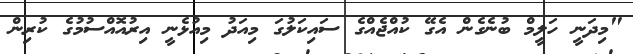
"މިދަނީ ހަލީމް ބުނެގެން އެގޭ ކުއްޖެއްގެ ސައިކަލުގަ މިއަދު މިއުޅެނީ އިރުއޮއްސުމުގެ ކުރިން